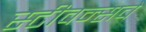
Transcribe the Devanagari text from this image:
स्टीवन्सचे